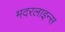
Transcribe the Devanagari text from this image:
मदरलाइन्स